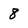
Character: 8